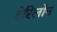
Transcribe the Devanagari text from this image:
टेरिलोन